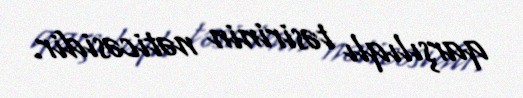
qarşılıqlı təsirinin nəticəsidir.